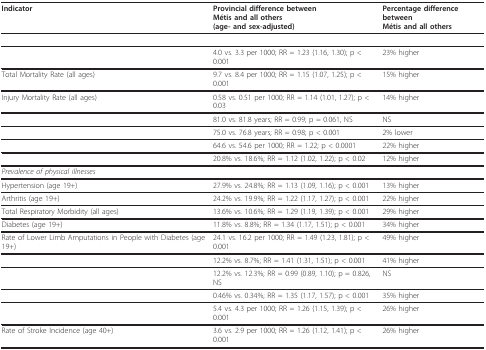
<table><thead><tr><td><b>Indicator</b></td><td><b>Provincial difference between Métis and all others(age- and sex-adjusted)</b></td><td><b>Percentage difference between Métis and all others</b></td></tr></thead><tbody><tr><td>[EMPTY_CELL]</td><td>[EMPTY_CELL]</td><td>[EMPTY_CELL]</td></tr><tr><td>[EMPTY_CELL]</td><td>4.0 vs. 3.3 per 1000; RR = 1.23 (1.16, 1.30); p &lt; 0.001</td><td>23% higher</td></tr><tr><td>Total Mortality Rate (all ages)</td><td>9.7 vs. 8.4 per 1000; RR = 1.15 (1.07, 1.25); p &lt; 0.001</td><td>15% higher</td></tr><tr><td>Injury Mortality Rate (all ages)</td><td>0.58 vs. 0.51 per 1000; RR = 1.14 (1.01, 1.27); p &lt; 0.03</td><td>14% higher</td></tr><tr><td>[EMPTY_CELL]</td><td>81.0 vs. 81.8 years; RR = 0.99; p = 0.061, NS</td><td>NS</td></tr><tr><td>[EMPTY_CELL]</td><td>75.0 vs. 76.8 years; RR = 0.98; p &lt; 0.001</td><td>2% lower</td></tr><tr><td>[EMPTY_CELL]</td><td>64.6 vs. 54.6 per 1000; RR = 1.22; p &lt; 0.0001</td><td>22% higher</td></tr><tr><td>[EMPTY_CELL]</td><td>20.8% vs. 18.6%; RR = 1.12 (1.02, 1.22); p &lt; 0.02</td><td>12% higher</td></tr><tr><td><i>Prevalence of physical illnesses</i></td><td>[EMPTY_CELL]</td><td>[EMPTY_CELL]</td></tr><tr><td>Hypertension (age 19+)</td><td>27.9% vs. 24.8%; RR = 1.13 (1.09, 1.16); p &lt; 0.001</td><td>13% higher</td></tr><tr><td>Arthritis (age 19+)</td><td>24.2% vs. 19.9%; RR = 1.22 (1.17, 1.27); p &lt; 0.001</td><td>22% higher</td></tr><tr><td>Total Respiratory Morbidity (all ages)</td><td>13.6% vs. 10.6%; RR = 1.29 (1.19, 1.39); p &lt; 0.001</td><td>29% higher</td></tr><tr><td>Diabetes (age 19+)</td><td>11.8% vs. 8.8%; RR = 1.34 (1.17, 1.51); p &lt; 0.001</td><td>34% higher</td></tr><tr><td>Rate of Lower Limb Amputations in People with Diabetes (age 19+)</td><td>24.1 vs. 16.2 per 1000; RR = 1.49 (1.23, 1.81); p &lt; 0.001</td><td>49% higher</td></tr><tr><td>[EMPTY_CELL]</td><td>12.2% vs. 8.7%; RR = 1.41 (1.31, 1.51); p &lt; 0.001</td><td>41% higher</td></tr><tr><td>[EMPTY_CELL]</td><td>12.2% vs. 12.3%; RR = 0.99 (0.89, 1.10); p = 0.826, NS</td><td>NS</td></tr><tr><td>[EMPTY_CELL]</td><td>0.46% vs. 0.34%; RR = 1.35 (1.17, 1.57); p &lt; 0.001</td><td>35% higher</td></tr><tr><td>[EMPTY_CELL]</td><td>5.4 vs. 4.3 per 1000; RR = 1.26 (1.15, 1.39); p &lt; 0.001</td><td>26% higher</td></tr><tr><td>Rate of Stroke Incidence (age 40+)</td><td>3.6 vs. 2.9 per 1000; RR = 1.26 (1.12, 1.41); p &lt; 0.001</td><td>26% higher</td></tr></tbody></table>